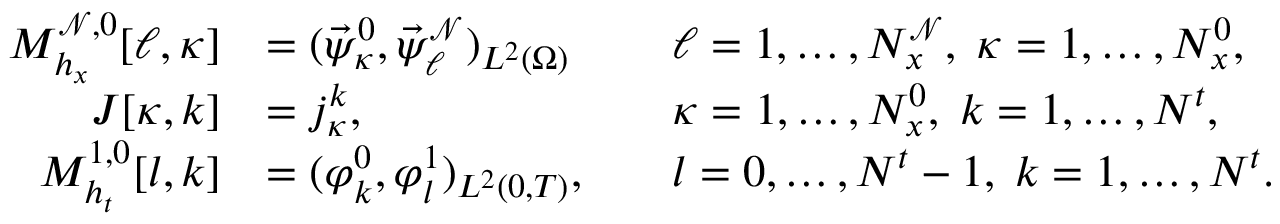
\begin{array} { r l r l } { M _ { h _ { x } } ^ { \mathcal { N } , 0 } [ \ell , \kappa ] } & { = ( \vec { \psi } _ { \kappa } ^ { 0 } , \vec { \psi } _ { \ell } ^ { \mathcal { N } } ) _ { L ^ { 2 } ( \Omega ) } } & & { \ell = 1 , \dots , N _ { x } ^ { \mathcal { N } } , \; \kappa = 1 , \dots , N _ { x } ^ { 0 } , } \\ { J [ \kappa , k ] } & { = j _ { \kappa } ^ { k } , } & & { \kappa = 1 , \dots , N _ { x } ^ { 0 } , \; k = 1 , \dots , N ^ { t } , } \\ { M _ { h _ { t } } ^ { 1 , 0 } [ l , k ] } & { = ( \varphi _ { k } ^ { 0 } , \varphi _ { l } ^ { 1 } ) _ { L ^ { 2 } ( 0 , T ) } , } & & { l = 0 , \dots , N ^ { t } - 1 , \; k = 1 , \dots , N ^ { t } . } \end{array}